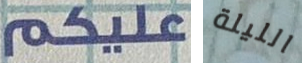
غليكم الليلة